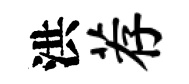
洪荐